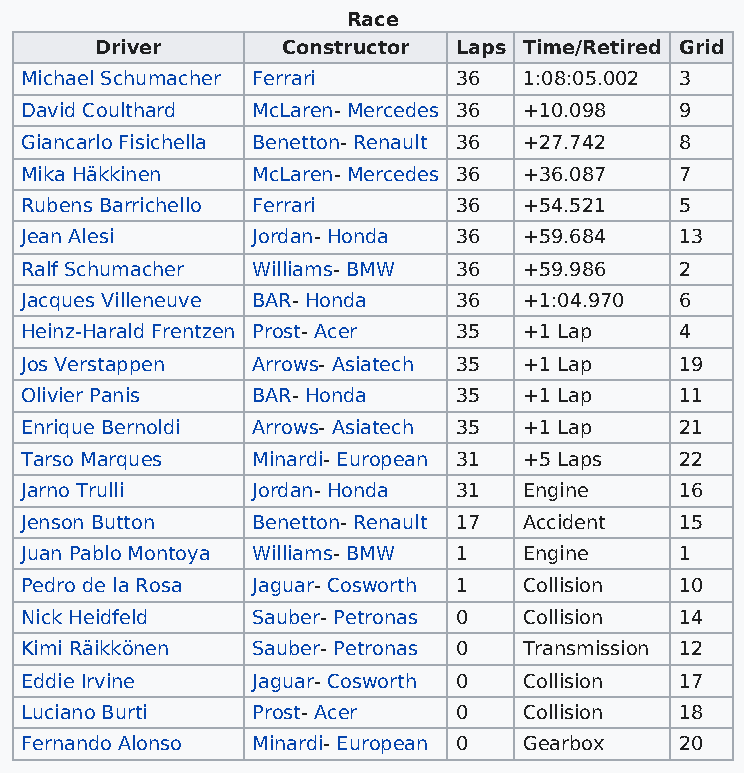
Race
 Driver       Constructor Laps Time/Retired Grid
 Michael Schumacher Ferrari   36   1:08:05.002 3
 David Coulthard McLaren- Mercedes 36 +10.098 9
 Giancarlo Fisichella Benetton- Renault 36 +27.742 8
 Mika Häkkinen   McLaren- Mercedes 36 +36.087 7
 Rubens Barrichello Ferrari   36   +54.521   5
 Jean Alesi      Jordan- Honda 36  +59.684   13
 Ralf Schumacher Williams- BMW 36  +59.986   2
 Jacques Villeneuve BAR- Honda 36  +1:04.970 6
 Heinz-Harald Frentzen Prost- Acer 35 +1 Lap 4
 Jos Verstappen  Arrows- Asiatech 35 +1 Lap  19
 Olivier Panis   BAR- Honda   35   +1 Lap    11
 Enrique Bernoldi Arrows- Asiatech 35 +1 Lap 21
 Tarso Marques   Minardi- European 31 +5 Laps 22
 Jarno Trulli    Jordan- Honda 31  Engine    16
 Jenson Button   Benetton- Renault 17 Accident 15
 Juan Pablo Montoya Williams- BMW 1 Engine   1
 Pedro de la Rosa Jaguar- Cosworth 1 Collision 10
 Nick Heidfeld   Sauber- Petronas 0 Collision 14
 Kimi Räikkönen  Sauber- Petronas 0 Transmission 12
 Eddie Irvine    Jaguar- Cosworth 0 Collision 17
 Luciano Burti   Prost- Acer  0    Collision 18
 Fernando Alonso Minardi- European 0 Gearbox 20